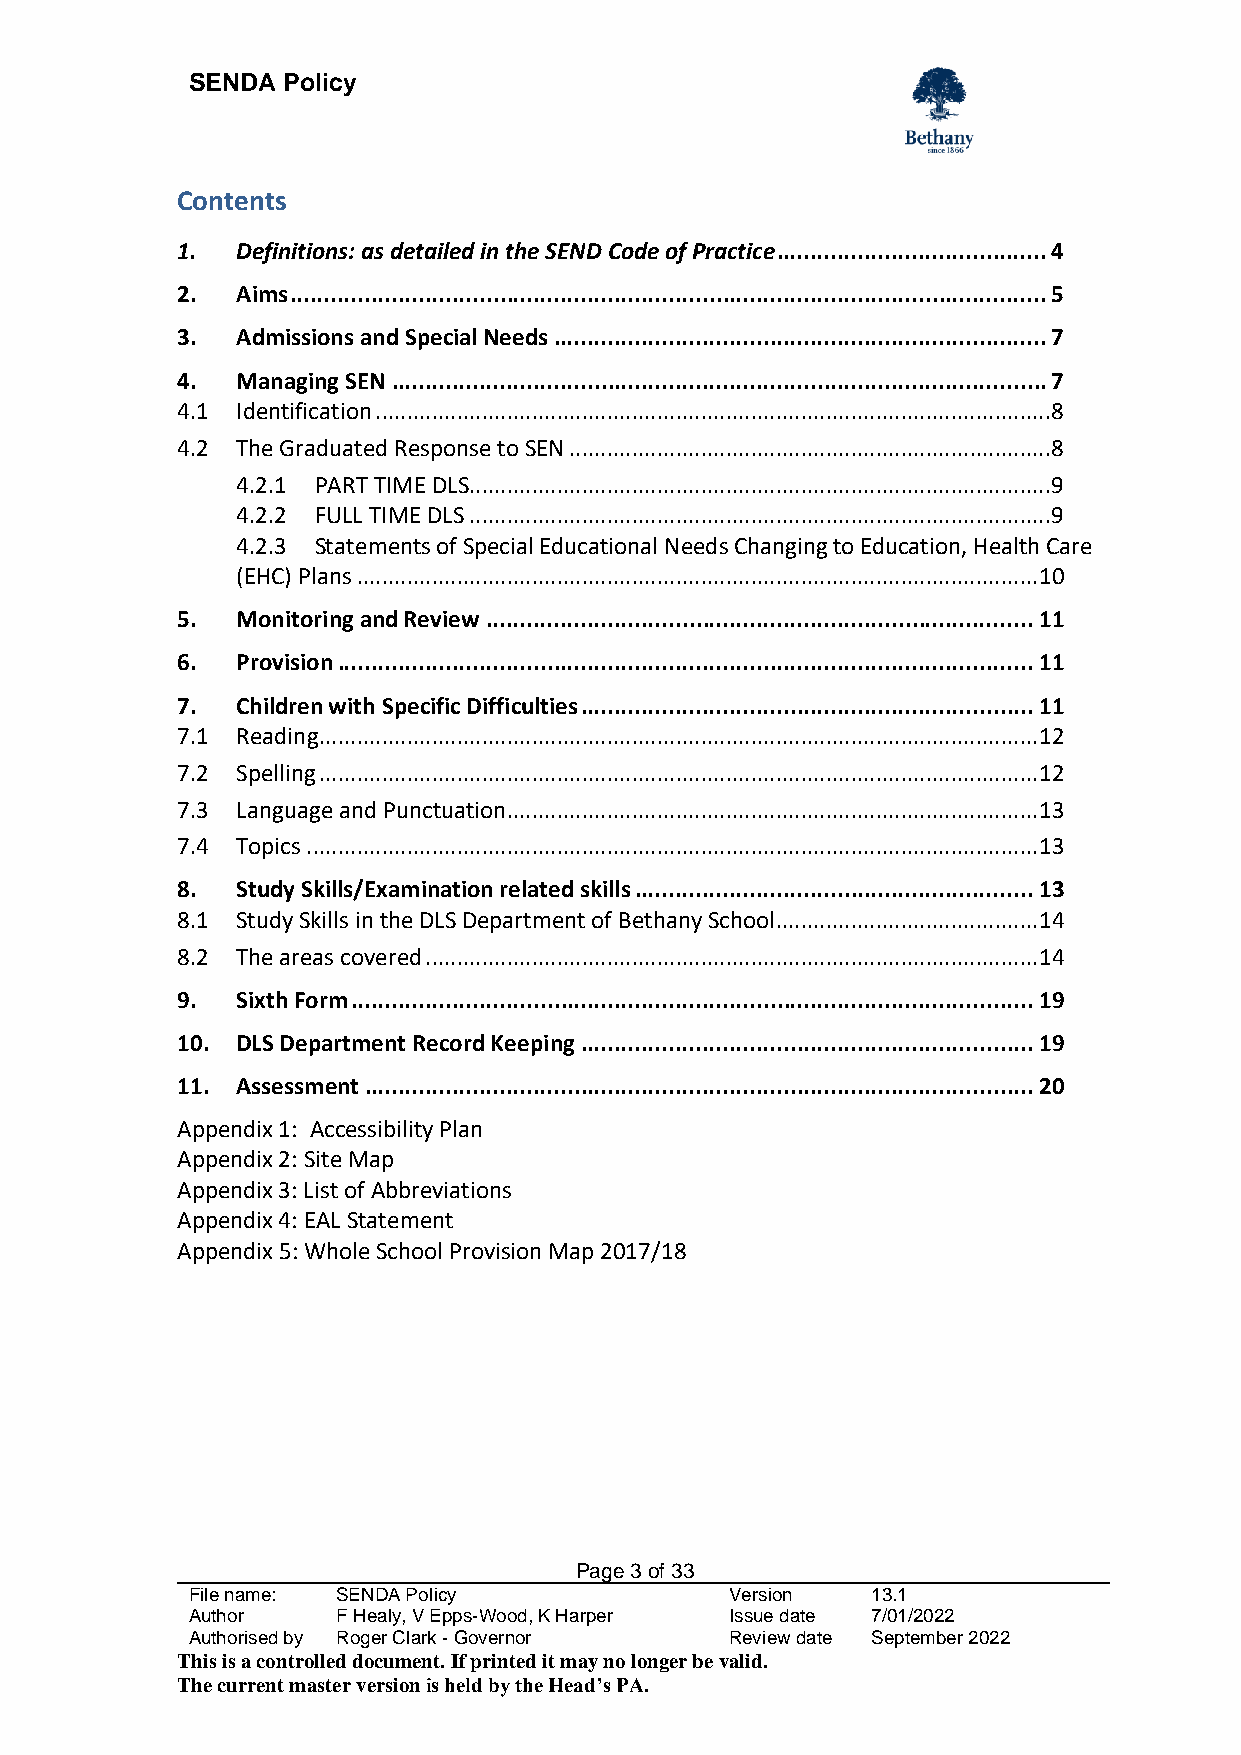
SENDA  Policy
 Contents
 1.  Definitions: as detailed in the SEND Code of Practice ........................................ 4
 2.  Aims ................................................................................................................ 5
 3.  Admissions and Special Needs ......................................................................... 7
 4.  Managing SEN ................................................................................................. 7
 4.1 Identification ............................................................................................................ 8
 4.2 The Graduated Response to SEN ............................................................................. 8
 4.2.1 PART TIME DLS............................................................................................. 9
 4.2.2 FULL TIME DLS ............................................................................................. 9
 4.2.3 Statements of Special Educational Needs Changing to Education, Health Care
 (EHC) Plans ............................................................................................................. 10
 5.  Monitoring and Review ................................................................................. 11
 6.  Provision ....................................................................................................... 11
 7.  Children with Specific Difficulties ................................................................... 11
 7.1 Reading ................................................................................................................... 12
 7.2 Spelling ................................................................................................................... 12
 7.3 Language and Punctuation ..................................................................................... 13
 7.4 Topics ..................................................................................................................... 13
 8.  Study Skills/Examination related skills ........................................................... 13
 8.1 Study Skills in the DLS Department of Bethany School .......................................... 14
 8.2 The areas covered .................................................................................................. 14
 9.  Sixth Form ..................................................................................................... 19
 10. DLS Department Record Keeping ................................................................... 19
 11. Assessment ................................................................................................... 20
 Appendix 1: Accessibility Plan
 Appendix 2: Site Map
 Appendix 3: List of Abbreviations
 Appendix 4: EAL Statement
 Appendix 5: Whole School Provision Map 2017/18
 Page 3 of 33
 File name: SENDA Policy             Version   13.1
 Author    F Healy, V Epps-Wood, K Harper Issue date 7/01/2022
 Authorised by Roger Clark - Governor Review date September 2022
 This is a controlled document. If printed it may no longer be valid.
 The current master version is held by the Head’s PA.